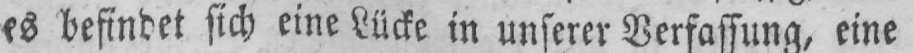
es befindet sich eine Lücke in unserer Verfassung, eine